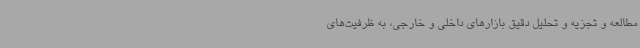
مطالعه و تجزیه و تحلیل دقیق بازارهای داخلی و خارجی، به ظرفیت‌های